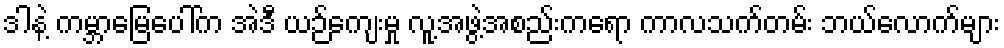
ဒါနဲ့ ကမ္ဘာမြေပေါ်က အဲဒီ ယဉ်ကျေးမှု လူ့အဖွဲ့အစည်းကရော ကာလသက်တမ်း ဘယ်လောက်များ